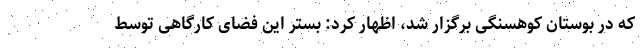
که در بوستان کوهسنگی برگزار شد، اظهار کرد: بستر این فضای کارگاهی توسط